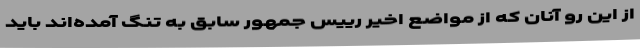
از این رو آنان که از مواضع اخیر رییس جمهور سابق به تنگ آمده‌اند باید